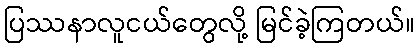
ပြဿနာလူငယ်တွေလို့ မြင်ခဲ့ကြတယ်။